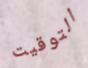
التوقيت